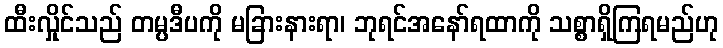
ထီးလှိုင်သည် တမ္ပဒီပကို မခြားနားရာ၊ ဘုရင်အနော်ရထာကို သစ္စာရှိကြရမည်ဟု